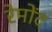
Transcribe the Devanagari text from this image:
रेमोंद